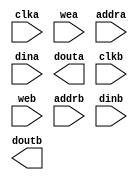
module k7_bram4096x64(
  clka,
  wea,
  addra,
  dina,
  douta,
  clkb,
  web,
  addrb,
  dinb,
  doutb
);

input clka;
input [7 : 0] wea;
input [11 : 0] addra;
input [63 : 0] dina;
output [63 : 0] douta;
input clkb;
input [7 : 0] web;
input [11 : 0] addrb;
input [63 : 0] dinb;
output [63 : 0] doutb;

// synthesis translate_off

  BLK_MEM_GEN_V7_3 #(
    .C_ADDRA_WIDTH(12),
    .C_ADDRB_WIDTH(12),
    .C_ALGORITHM(1),
    .C_AXI_ID_WIDTH(4),
    .C_AXI_SLAVE_TYPE(0),
    .C_AXI_TYPE(1),
    .C_BYTE_SIZE(8),
    .C_COMMON_CLK(0),
    .C_DEFAULT_DATA("0"),
    .C_DISABLE_WARN_BHV_COLL(0),
    .C_DISABLE_WARN_BHV_RANGE(0),
    .C_ENABLE_32BIT_ADDRESS(0),
    .C_FAMILY("kintex7"),
    .C_HAS_AXI_ID(0),
    .C_HAS_ENA(0),
    .C_HAS_ENB(0),
    .C_HAS_INJECTERR(0),
    .C_HAS_MEM_OUTPUT_REGS_A(0),
    .C_HAS_MEM_OUTPUT_REGS_B(1),
    .C_HAS_MUX_OUTPUT_REGS_A(0),
    .C_HAS_MUX_OUTPUT_REGS_B(0),
    .C_HAS_REGCEA(0),
    .C_HAS_REGCEB(0),
    .C_HAS_RSTA(0),
    .C_HAS_RSTB(0),
    .C_HAS_SOFTECC_INPUT_REGS_A(0),
    .C_HAS_SOFTECC_OUTPUT_REGS_B(0),
    .C_INIT_FILE("BlankString"),
    .C_INIT_FILE_NAME("no_coe_file_loaded"),
    .C_INITA_VAL("0"),
    .C_INITB_VAL("0"),
    .C_INTERFACE_TYPE(0),
    .C_LOAD_INIT_FILE(0),
    .C_MEM_TYPE(2),
    .C_MUX_PIPELINE_STAGES(0),
    .C_PRIM_TYPE(1),
    .C_READ_DEPTH_A(4096),
    .C_READ_DEPTH_B(4096),
    .C_READ_WIDTH_A(64),
    .C_READ_WIDTH_B(64),
    .C_RST_PRIORITY_A("CE"),
    .C_RST_PRIORITY_B("CE"),
    .C_RST_TYPE("SYNC"),
    .C_RSTRAM_A(0),
    .C_RSTRAM_B(0),
    .C_SIM_COLLISION_CHECK("ALL"),
    .C_USE_BRAM_BLOCK(0),
    .C_USE_BYTE_WEA(1),
    .C_USE_BYTE_WEB(1),
    .C_USE_DEFAULT_DATA(0),
    .C_USE_ECC(0),
    .C_USE_SOFTECC(0),
    .C_WEA_WIDTH(8),
    .C_WEB_WIDTH(8),
    .C_WRITE_DEPTH_A(4096),
    .C_WRITE_DEPTH_B(4096),
    .C_WRITE_MODE_A("WRITE_FIRST"),
    .C_WRITE_MODE_B("WRITE_FIRST"),
    .C_WRITE_WIDTH_A(64),
    .C_WRITE_WIDTH_B(64),
    .C_XDEVICEFAMILY("kintex7")
  )
  inst (
    .CLKA(clka),
    .WEA(wea),
    .ADDRA(addra),
    .DINA(dina),
    .DOUTA(douta),
    .CLKB(clkb),
    .WEB(web),
    .ADDRB(addrb),
    .DINB(dinb),
    .DOUTB(doutb),
    .RSTA(),
    .ENA(),
    .REGCEA(),
    .RSTB(),
    .ENB(),
    .REGCEB(),
    .INJECTSBITERR(),
    .INJECTDBITERR(),
    .SBITERR(),
    .DBITERR(),
    .RDADDRECC(),
    .S_ACLK(),
    .S_ARESETN(),
    .S_AXI_AWID(),
    .S_AXI_AWADDR(),
    .S_AXI_AWLEN(),
    .S_AXI_AWSIZE(),
    .S_AXI_AWBURST(),
    .S_AXI_AWVALID(),
    .S_AXI_AWREADY(),
    .S_AXI_WDATA(),
    .S_AXI_WSTRB(),
    .S_AXI_WLAST(),
    .S_AXI_WVALID(),
    .S_AXI_WREADY(),
    .S_AXI_BID(),
    .S_AXI_BRESP(),
    .S_AXI_BVALID(),
    .S_AXI_BREADY(),
    .S_AXI_ARID(),
    .S_AXI_ARADDR(),
    .S_AXI_ARLEN(),
    .S_AXI_ARSIZE(),
    .S_AXI_ARBURST(),
    .S_AXI_ARVALID(),
    .S_AXI_ARREADY(),
    .S_AXI_RID(),
    .S_AXI_RDATA(),
    .S_AXI_RRESP(),
    .S_AXI_RLAST(),
    .S_AXI_RVALID(),
    .S_AXI_RREADY(),
    .S_AXI_INJECTSBITERR(),
    .S_AXI_INJECTDBITERR(),
    .S_AXI_SBITERR(),
    .S_AXI_DBITERR(),
    .S_AXI_RDADDRECC()
  );

// synthesis translate_on

endmodule